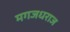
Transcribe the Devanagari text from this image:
मगजधराज